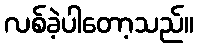
လစ်ခဲ့ပါတော့သည်။